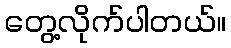
တွေ့လိုက်ပါတယ်။